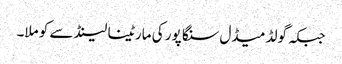
جبکہ گولڈ میڈل سنگا پور کی مارٹینا لینڈ سے کو ملا۔